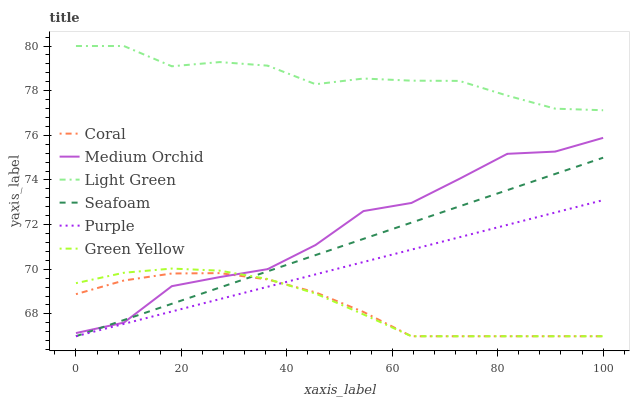
| xaxis_label | Coral | Medium Orchid | Light Green | Seafoam | Purple | Green Yellow |
 | --- | --- | --- | --- | --- | --- | --- |
 | 0 | 68.9 | 67.1 | 80 | 67 | 67 | 69.4 |
 | 9.09 | 69.5 | 67.6 | 80 | 67.7 | 67.6 | 69.8 |
 | 18.2 | 69.8 | 69.2 | 79.1 | 68.5 | 68.1 | 70 |
 | 27.3 | 69.8 | 69.7 | 79.3 | 69.2 | 68.7 | 69.9 |
 | 36.4 | 69.5 | 70 | 79.1 | 69.9 | 69.2 | 69.6 |
 | 45.5 | 69 | 71.1 | 78.3 | 70.6 | 69.8 | 68.9 |
 | 54.5 | 68.1 | 72.6 | 78.5 | 71.4 | 70.3 | 68 |
 | 63.6 | 67 | 73 | 78.4 | 72.1 | 70.9 | 67 |
 | 72.7 | 67 | 74 | 78.4 | 72.8 | 71.4 | 67 |
 | 81.8 | 67 | 75.2 | 77.8 | 73.5 | 72 | 67 |
 | 90.9 | 67 | 75.3 | 77.2 | 74.3 | 72.5 | 67 |
 | 100 | 67 | 75.9 | 77.1 | 75 | 73.1 | 67 |